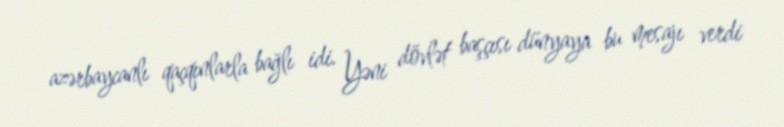
azərbaycanlı qaçqınlarla bağlı idi. Yəni dövlət başçısı dünyaya bu mesajı verdi